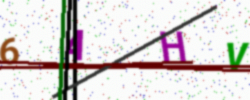
Text: 6AHV